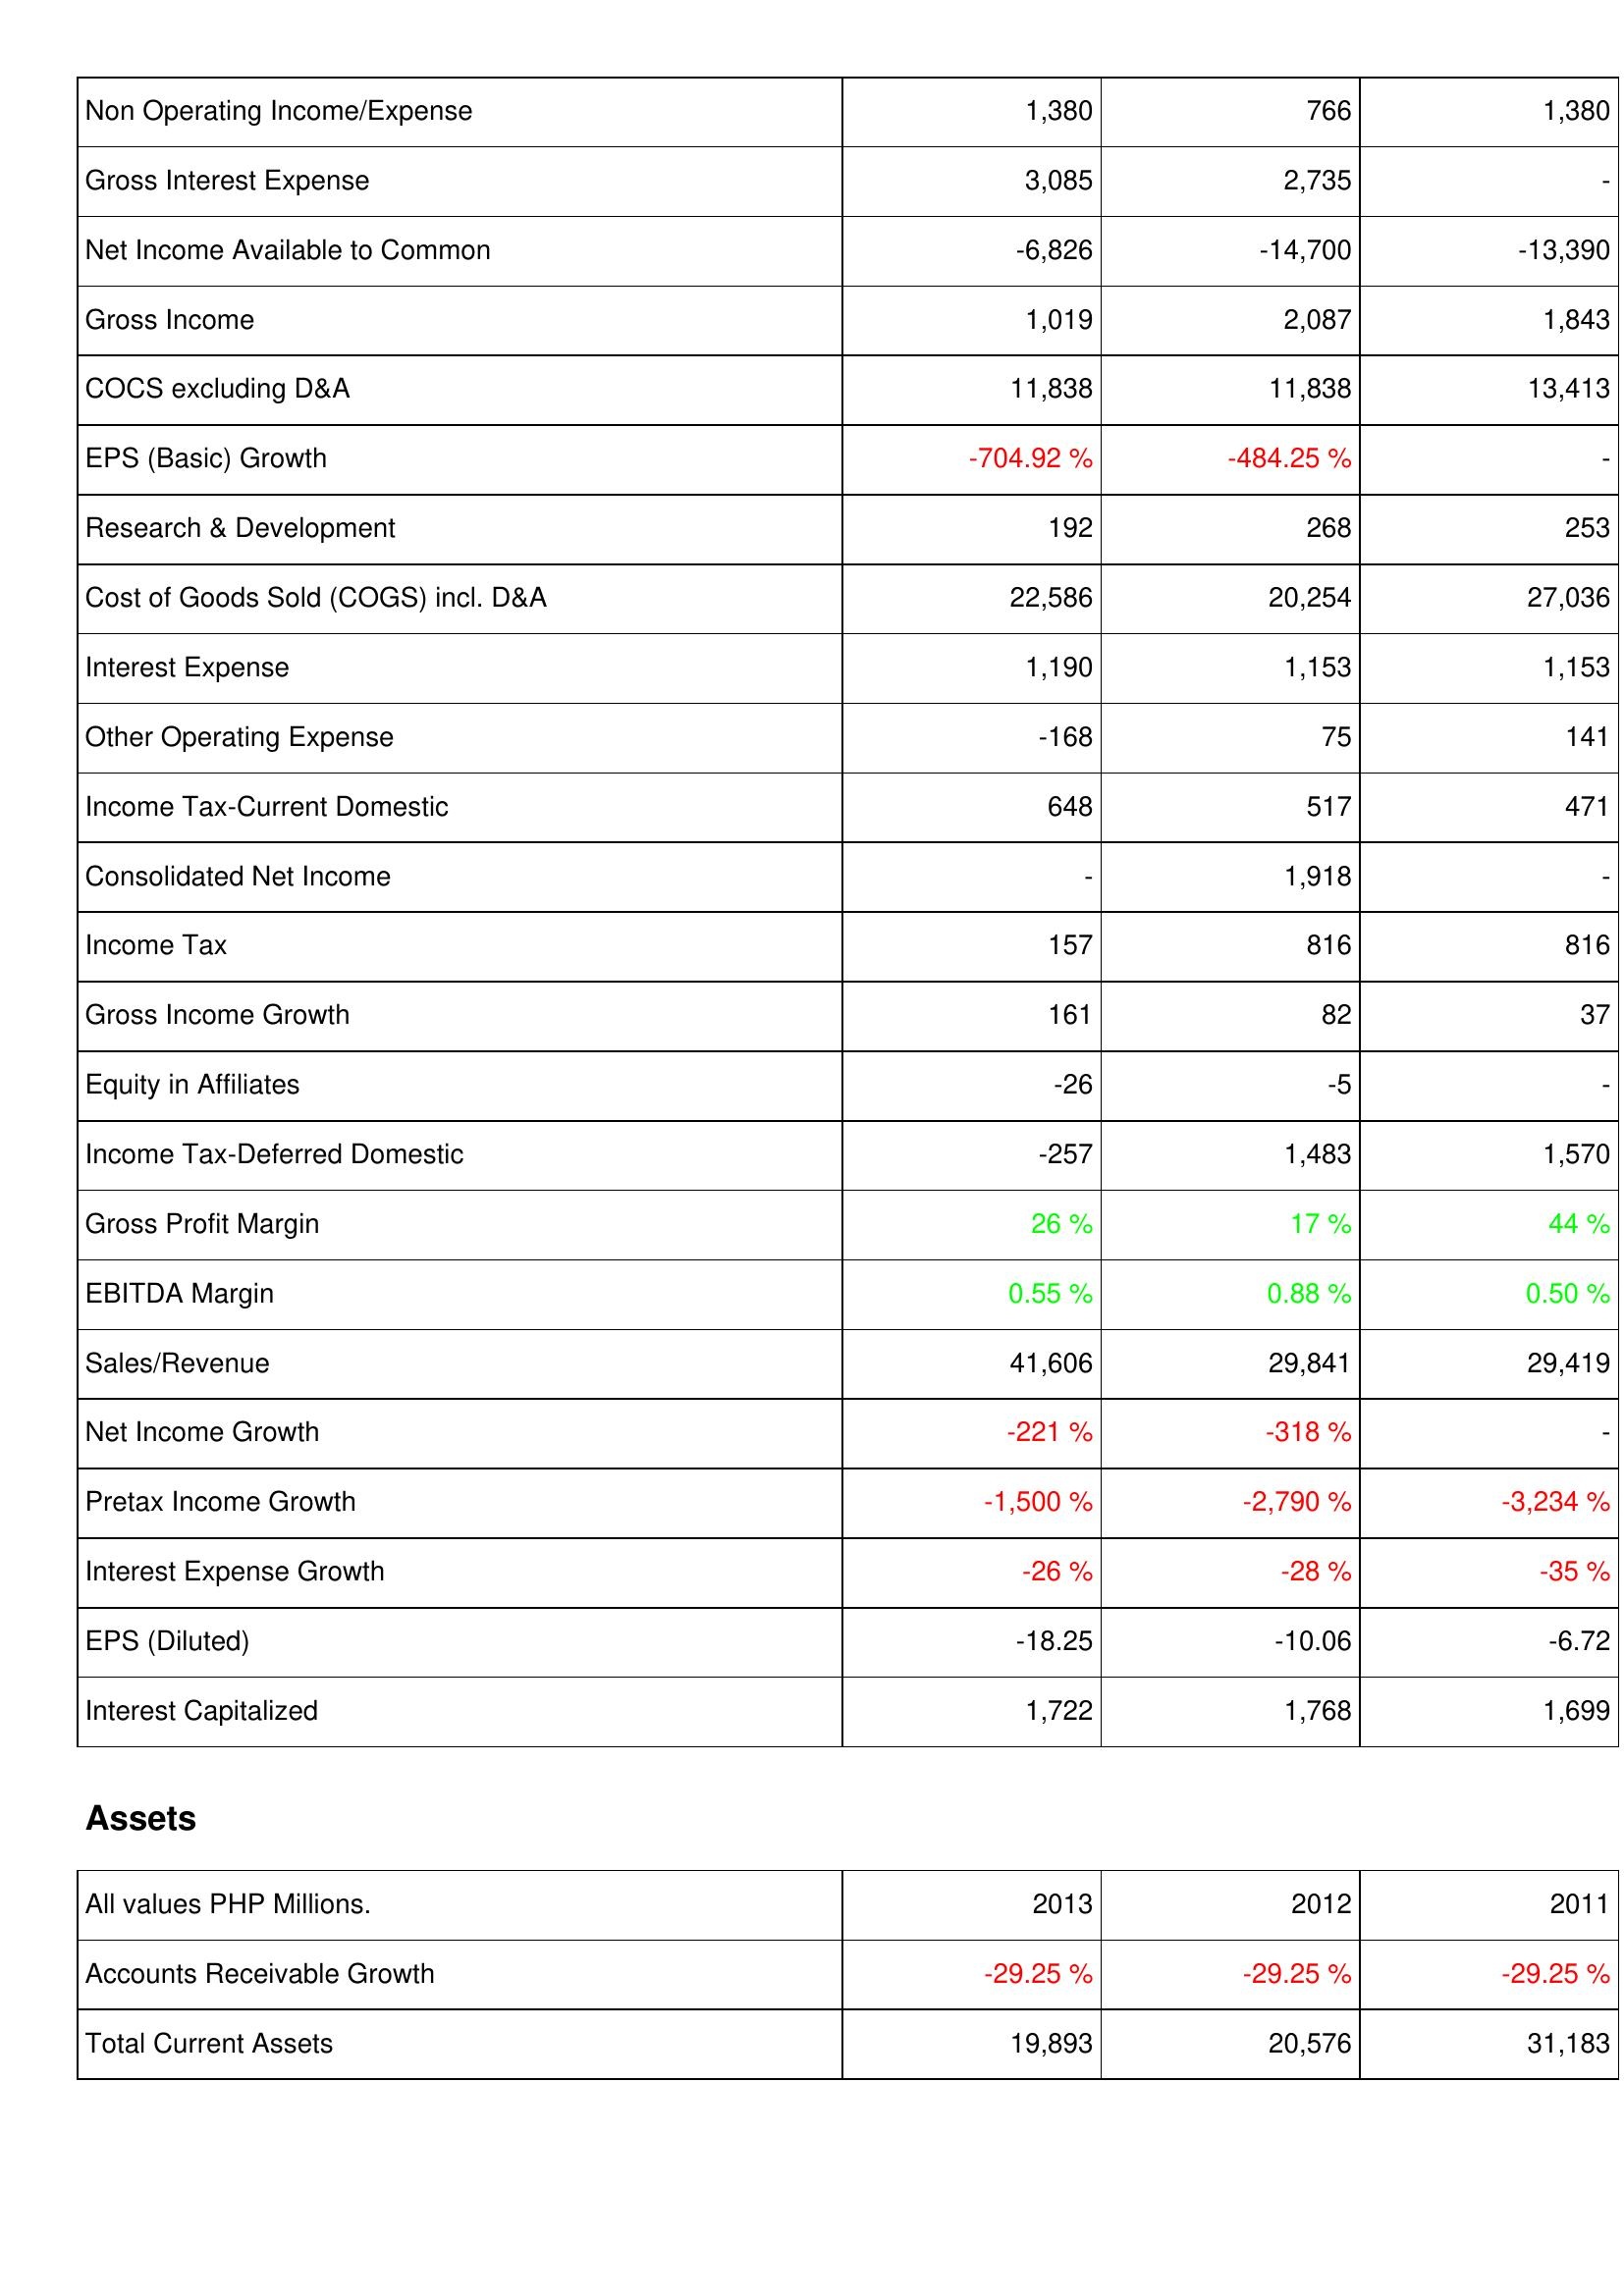
2013: Income Statement: Non Operating Income/Expense: 1,380
Gross Interest Expense: 3,085
Net Income Available to Common: -6,826
Gross Income: 1,019
COCS excluding D&A: 11,838
EPS (Basic) Growth: -704.92 %
Research & Development: 192
Cost of Goods Sold (COGS) incl. D&A: 22,586
Interest Expense: 1,190
Other Operating Expense: -168
Income Tax-Current Domestic: 648
Consolidated Net Income: -
Income Tax: 157
Gross Income Growth: 161
Equity in Affiliates: -26
Income Tax-Deferred Domestic: -257
Gross Profit Margin: 26 %
EBITDA Margin: 0.55 %
Sales/Revenue: 41,606
Net Income Growth: -221 %
Pretax Income Growth: -1,500 %
Interest Expense Growth: -26 %
EPS (Diluted): -18.25
Interest Capitalized: 1,722
Assets: Accounts Receivable Growth: -29.25 %
Total Current Assets: 19,893
2012: Income Statement: Non Operating Income/Expense: 766
Gross Interest Expense: 2,735
Net Income Available to Common: -14,700
Gross Income: 2,087
COCS excluding D&A: 11,838
EPS (Basic) Growth: -484.25 %
Research & Development: 268
Cost of Goods Sold (COGS) incl. D&A: 20,254
Interest Expense: 1,153
Other Operating Expense: 75
Income Tax-Current Domestic: 517
Consolidated Net Income: 1,918
Income Tax: 816
Gross Income Growth: 82
Equity in Affiliates: -5
Income Tax-Deferred Domestic: 1,483
Gross Profit Margin: 17 %
EBITDA Margin: 0.88 %
Sales/Revenue: 29,841
Net Income Growth: -318 %
Pretax Income Growth: -2,790 %
Interest Expense Growth: -28 %
EPS (Diluted): -10.06
Interest Capitalized: 1,768
Assets: Accounts Receivable Growth: -29.25 %
Total Current Assets: 20,576
2011: Income Statement: Non Operating Income/Expense: 1,380
Gross Interest Expense: -
Net Income Available to Common: -13,390
Gross Income: 1,843
COCS excluding D&A: 13,413
EPS (Basic) Growth: -
Research & Development: 253
Cost of Goods Sold (COGS) incl. D&A: 27,036
Interest Expense: 1,153
Other Operating Expense: 141
Income Tax-Current Domestic: 471
Consolidated Net Income: -
Income Tax: 816
Gross Income Growth: 37
Equity in Affiliates: -
Income Tax-Deferred Domestic: 1,570
Gross Profit Margin: 44 %
EBITDA Margin: 0.50 %
Sales/Revenue: 29,419
Net Income Growth: -
Pretax Income Growth: -3,234 %
Interest Expense Growth: -35 %
EPS (Diluted): -6.72
Interest Capitalized: 1,699
Assets: Accounts Receivable Growth: -29.25 %
Total Current Assets: 31,183